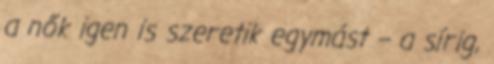
a nők igen is szeretik egymást – a sírig,